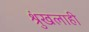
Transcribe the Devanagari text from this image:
श्रुंखलाही